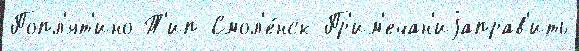
Попл'ят'ино Т'ип Смол'е́нск Пр'им'ечан'иjаправ'ить